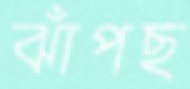
ঝাঁপছ